Medical and sanitary report of the native army of Bengal for the year
Year: 1875
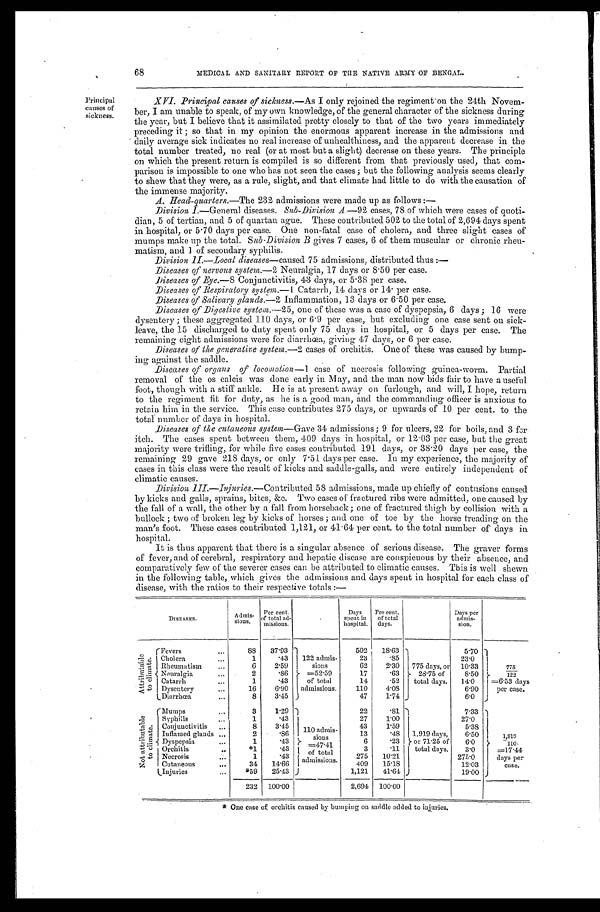
68
MEDICAL AND SANITARY REPORT OF THE NATIVE ARMY OF BENGAL.
Principal
causes of
sickness.
XVI. Principal causes of sickness.— As I only rejoined the regiment on the 24th Novem-
- b e r , I a m u n a b l e t o s p e a k , o f m y o w n k n o w l e d g e , o f t h e g e n e r a l c h a r a c t e r o f t h e s i c k n e s s d u r i n g
the year, but I believe that it assimilated pretty closely to that of the two years immediately
preceding it ; so that in my opinion the enormous apparent increase in the admissions and
daily average sick indicates no real increase of unhealthiness, and the apparent decrease in the
total number treated, no real (or at most but a slight) decrease on these years. The principle
on which the present return is compiled is so different from that previously used, that com-
- p a r i s o n i s i m p o s s i b l e t o o n e w h o h a s n o t s e e n t h e c a s e s ; b u t t h e f o l l o w i n g a n a l y s i s s e e m s c l e a r l y
to shew that they were, as a rule, slight, and that climate had little to do with the causation of
the immense majority.
Head-quarters.— The 232 admissions were made up as follows :—
Division 1 .—General diseases. Sub-Division A .—92 cases, 78 of which were cases of quoti--
dian, 5 of tertian, and 5 of quartan ague. These contributed 502 to the total of 2,694 days spent
in hospital, or 5.70 days per case. One non-fatal case of cholera, and three slight cases of
mumps make up the total. Sub-Division B gives 7 cases, 6 of them muscular or chronic rheu-
matism, and l of secondary syphilis.
Division II.—Local diseases—caused 75 admissions, distributed thus :—
Diseases of nervous system.— 2 Neuralgia, 17 days or 8.50 per case.
Diseases of Eye.— 8 Conjunctivitis, 43 days, or 5.38 per case.
Diseases of Respiratory system.— 1 Catarrh, 14 days or 14. per case.
Diseases of Salivary glands.— 2 Inflammation, 13 days or 6.50 per case.
Diseases of Digestive system.— 25, one of these was a case of dyspepsia, 6 days ; 16 were
dysentery ; these aggregated 110 days, or 6.9 per case, but excluding one case sent on sick-
leave, the 15 discharged to duty spent only 75 days in hospital, or 5 days per case. The
remaining eight admissions were for diarrhœa, giving 47 days, or 6 per case.
Diseases of the generative system.— 2 cases of orchitis. One of these was caused by bump--
ing against the saddle.
Diseases of organs of locomotion— 1 case of' necrosis following guinea-worm. Partial
removal of the os calcis was done early in May, and the man now bids fair to have a useful
foot, though with a stiff ankle. He is at present away on furlough, and will, I hope, return
to the regiment fit for duty, as he is a good man, and the commanding officer is anxious to
retain him in the service. This case contributes 275 days, or upwards of 10 per cent. to the
total number of days in hospital.
Diseases of the cutaneous system— Gave 34 admissions; 9 for ulcers, 22 for boils, and 3 for
itch. The cases spent between them, 409 days in hospital, or 12.03 per case, but the great
majority were trifling, for while five cases contributed 191 days, or 38.20 days per case, the
remaining 29 gave 218 days, or only 7.51 days per case. In my experience, the majority of
cases in this class were the result of kicks and saddle-galls, and were entirely independent of
climatic causes.
Division III.—Injuries .—Contributed 58 admissions, made up chiefly of contusions caused
by kicks and galls, sprains, bites, &c. Two cases of fractured ribs were admitted, one caused by
the fall of a wall, the other by a fall from horseback; one of fractured thigh by collision with a
bullock ; two of broken leg by kicks of horses ; and one of toe by the horse treading on the
man's foot. These cases contributed 1,121, or 41.64 per cent to the total number of days in
hospital.
It is thus apparent that there is a singular absence of serious disease. The graver forms
of fever, and of cerebral, respiratory and hepatic disease are conspicuous by their absence, and
comparatively few of the severer cases can be attributed to climatic causes. This is well shewn
in the following table, which gives the admissions and days spent in hospital for each class of
disease, with the ratios to their respective totals :—
DISEASES.
Admis-
s i o n s .
Per cent.
of total ad-
missions.
Days
spent in
hospital.
Per cent.
of total
days.
Days per
admis-
sion.
A t t r i b u t a b l e t o c l i m a t e .
Fevers . . .
88
37.93
122 admis-
sions
=52.59
of total
admissions.
502
18.63
775 days, or
28.75 of
total days.
5.70
7 7 5 .
122.
=6.53 days
per case.
Cholera . . .
1
.4.3
23
.85
23.0
Rheumatism . . .
6
2.59
62
2.30
10.33
Neuralgia . . .
2
.86
17
.63
8.50
Catarrh . . .
1
.43
14
.52
14.0
Dysentery . . .
1 6
6.90
110
4.08
6.90
D i a r r hœa . . .
8
3.45
47
1.74
6.0
N o t a t t r i b u t a b l e t o c l i m a t e .
Mumps . . .
3
1.29
110 admis-
s i o n s = 4 7 . 4 1
of total
admissions.
22
.81
1,919 days,
or 71.25 of
total days.
7.33
1,910
110.
=17.44
days per
case.
Syphilis . . .
1
.43
27
1.00
27.0
Conjunctivitis . . .
8
3.45
43
1.59
5.38
Inflamed glands . . .
2
.86
13
.48
6.50
Dyspepsia Dyspepsia . . .
1
.43
6
.23
6.0
Orchitis . . .
* 1
.43
3
.11
3.0
Necrosis . . .
1
. 4 3
2 7 5
1 0 . 2 1
275.0
Cutaneaus . . .
34
14.66
4 0 9
1 5 . 1 8
12.03
Injuries . . .
*59
25.43
1,121
41.64
19.00
232
100.00
2,694
100.00
* One case of orchitis caused by bumuing on saddle added to injuries.